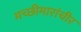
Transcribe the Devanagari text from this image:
मच्छीमारांचीर